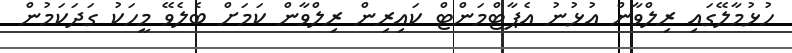
ހުޅުމާލޭގައި ރިލްވާން އުޅުނު އެޕާޓްމަންޓް ކައިރިން ރިލްވާން ކަމަށް ބެލެވޭ މީހަކު ގަދަކަމުން